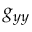
g _ { y y }